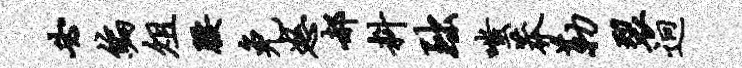
必编俎腰免怒郝料黜嗤莽勒裂迥